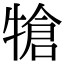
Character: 𤚬